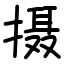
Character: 摄